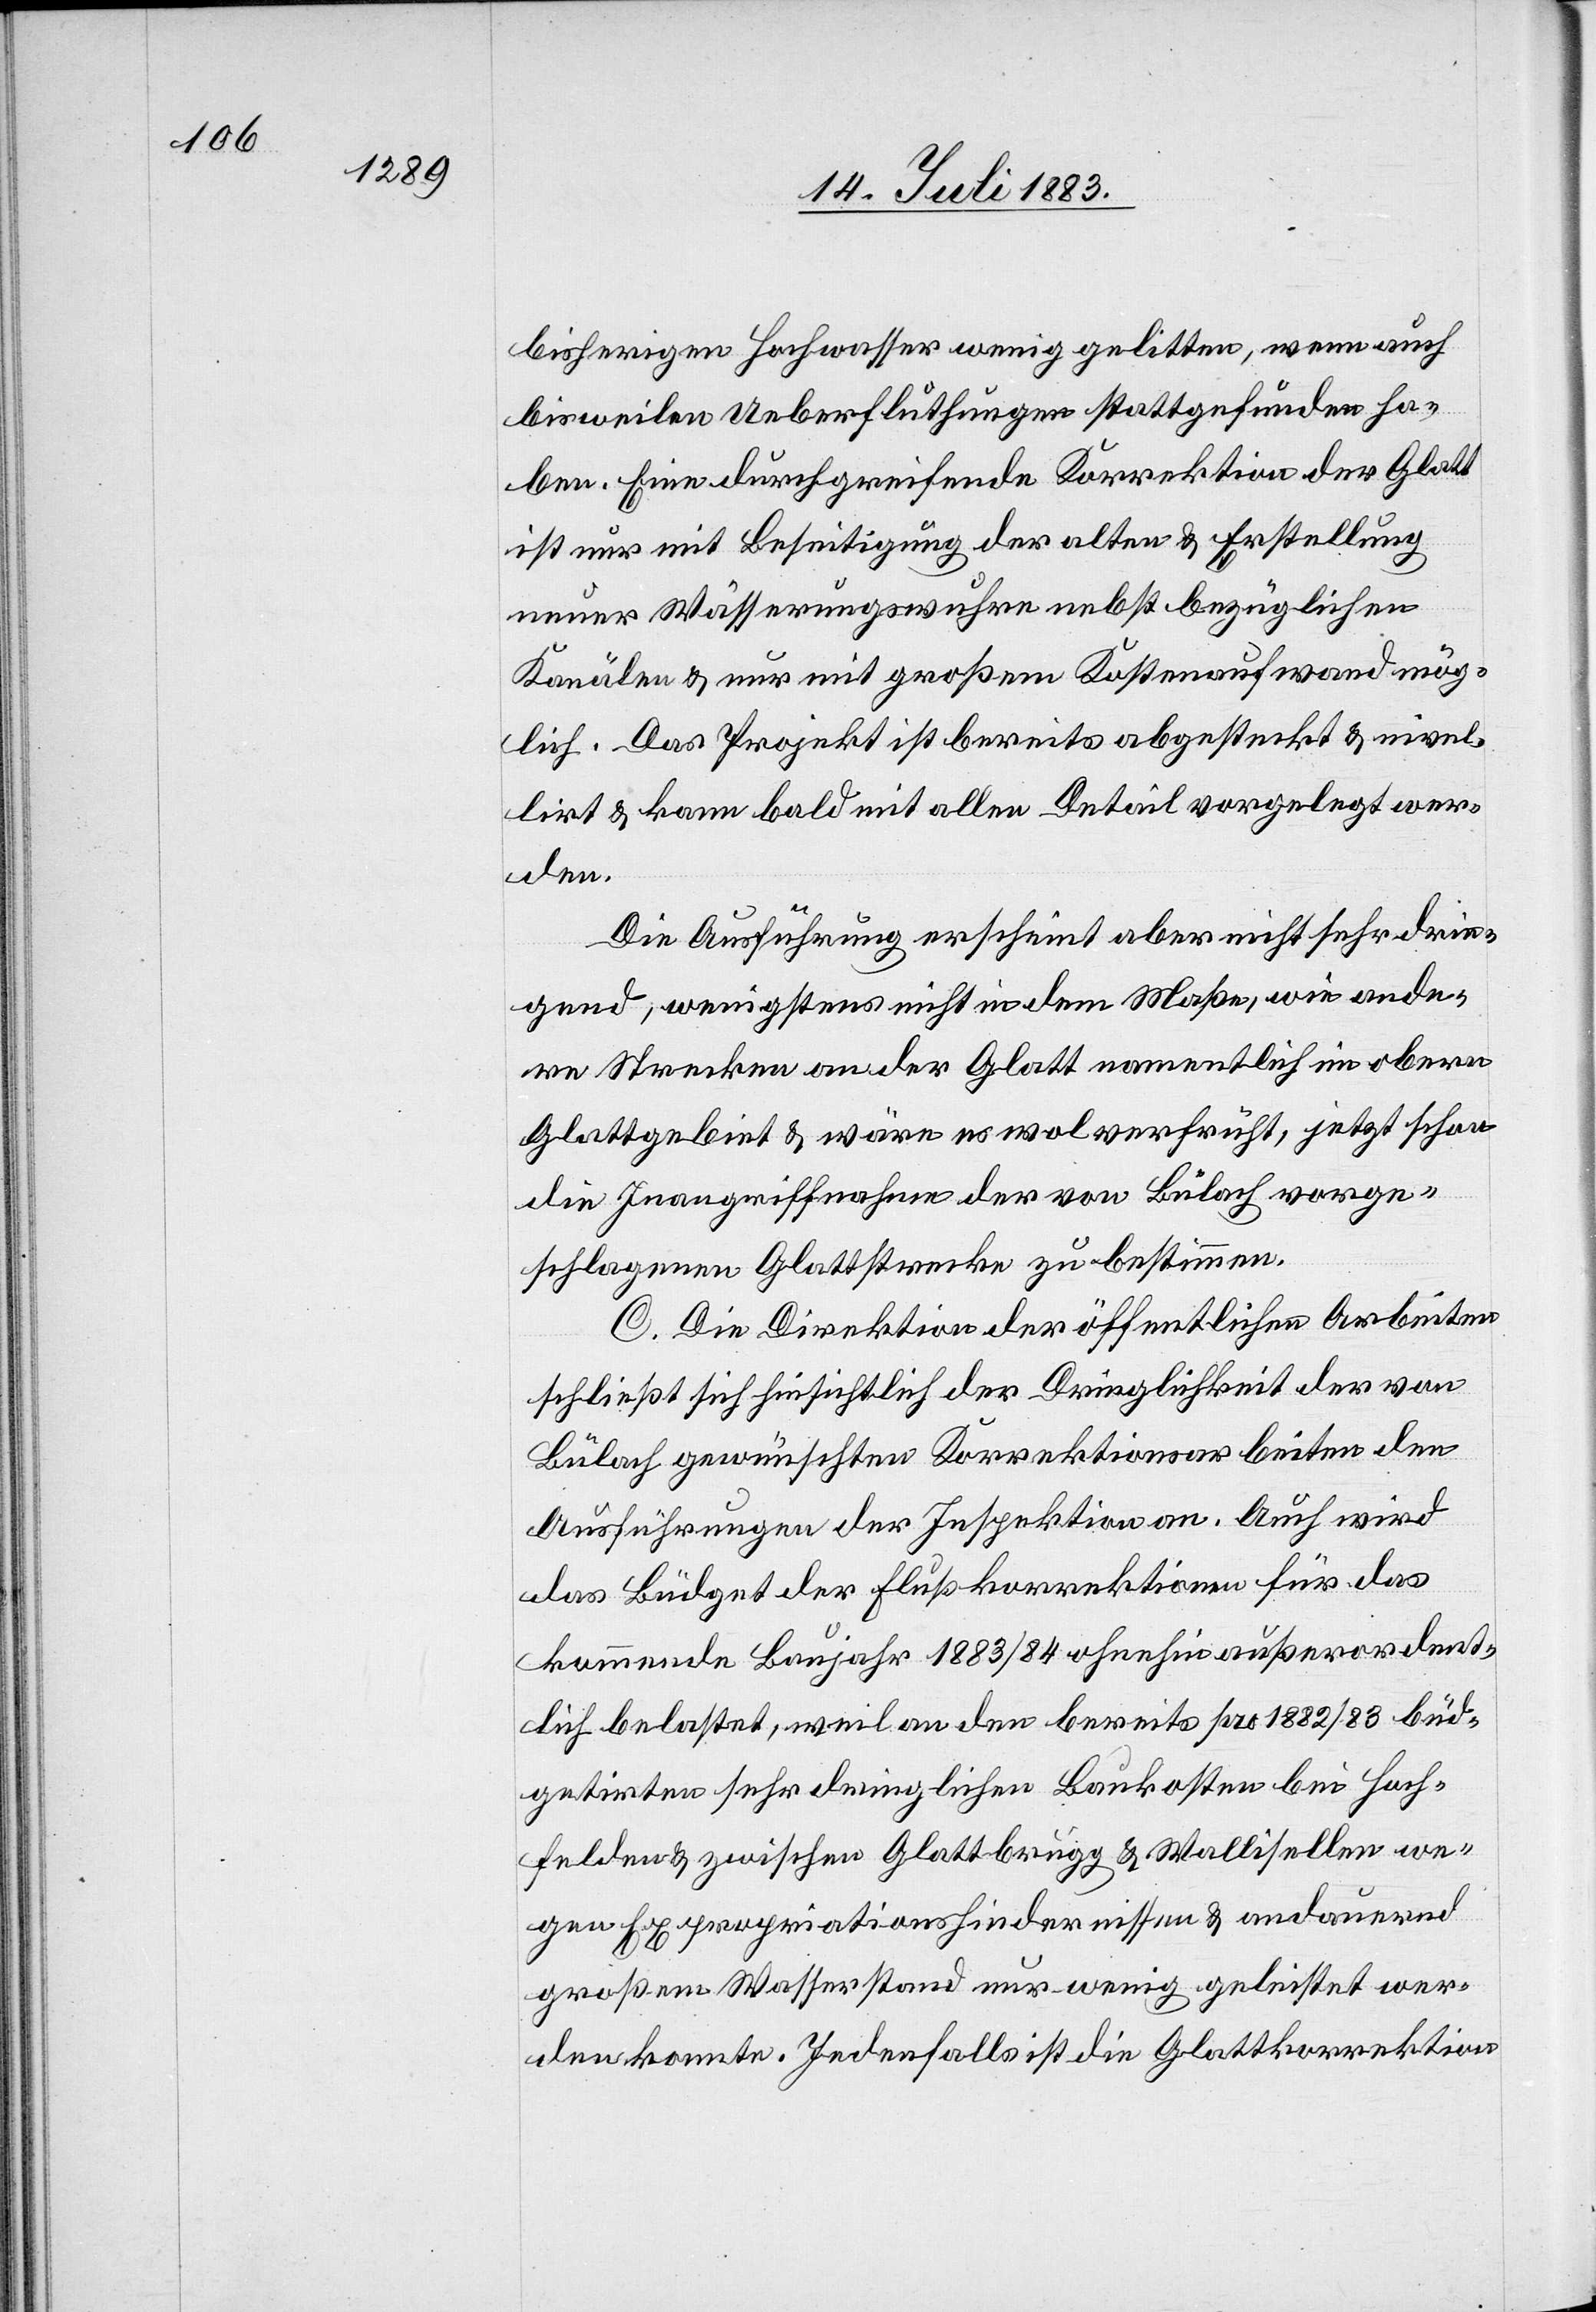
bisherigen Hochwasser wenig gelitten, wenn auch
bisweilen Ueberfluthungen stattgefunden ha¬
ben. Eine durchgreifende Korrektion der Glatt
ist nur mit Beseitigung der alten & Erstellung
neuer Wässerungswuhren nebst bezüglichen
Kanälen & nur mit großem Kostenaufwand mög¬
lich. Das Projekt ist bereits abgesteckt & nivel¬
lirt & kann bald mit allen Detail [sic!] vorgelegt wer¬
den.
Die Ausführung erscheint aber nicht sehr drin¬
gend, wenigstens nicht in dem Maße, wie ande¬
re Strecken an der Glatt namentlich im obern
Glattgebiet & wäre es wol verfrüht, jetzt schon
die Inangriffnahme der von Bülach vorge¬
schlagenen Glattstrecke zu bestimmen.
C. Die Direktion der öffentlichen Arbeiten
schließt sich hinsichtlich der Dringlichkeit der von
Bülach gewünschten Korrektionsarbeiten den
Ausführungen der Inspektion an. Auch wird
das Büdget der Flußkorrektionen für das
kommende Baujahr 1883/84 ohnehin außerordent¬
lich belastet, weil an den bereits pro 1882/83 büd¬
getirten sehr dringlichen Baukosten bei Hoch¬
felden & zwischen Glattbrugg & Wallisellen we¬
gen Expropriationshindernissen & andauernd
großem Wasserstand nur wenig geleistet wer¬
den konnte. Jedenfalls ist die Glattkorrektion